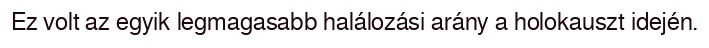
Ez volt az egyik legmagasabb halálozási arány a holokauszt idején.